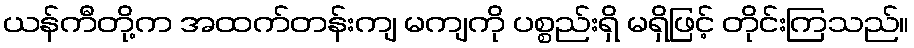
ယန်ကီတို့က အထက်တန်းကျ မကျကို ပစ္စည်းရှိ မရှိဖြင့် တိုင်းကြသည်။